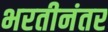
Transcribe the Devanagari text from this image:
भरतीनंतर